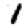
Digit: 1